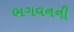
ભગવનની